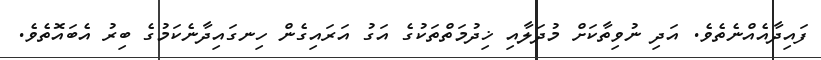
ފައިދާއެއްނެތެވެ. އަދި ނުވިތާކަށް މުދަލާއި ޚިދުމަތްތަކުގެ އަގު އަރައިގެން ހިނގައިދާނެކަމުގެ ބިރު އެބައޮތެވެ.